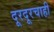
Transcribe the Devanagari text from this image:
दूरदूरचाही